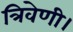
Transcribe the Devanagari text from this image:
त्रिवेणी।